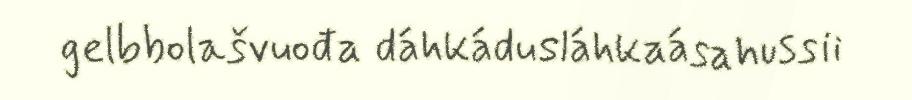
gelbbolašvuođa dáhkádusláhkaásahussii